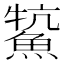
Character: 𩸡